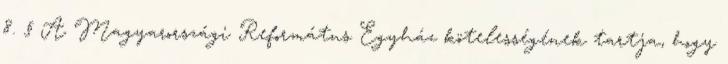
8. § A Magyarországi Református Egyház kötelességének tartja, hogy